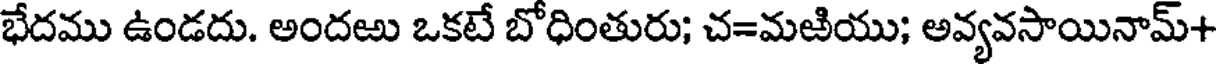
భేదము ఉండదు. అందఱు ఒకటే బోధింతురు; చ=మఱియు; అవ్యవసాయినామ్+